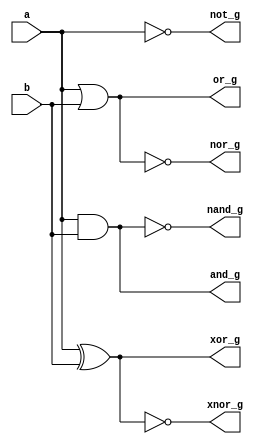
// This program was cloned from: https://github.com/Suni123456789/100DaysRTL
// License: Apache License 2.0

`timescale 1ns / 1ps

module logic_gates(
    input a, b,
    output reg and_g,
    output reg or_g,
    output reg not_g,
    output reg nand_g,
    output reg nor_g,
    output reg xor_g,
    output reg xnor_g
    );
    always@(*)
        begin
            and_g = a&b;
            or_g = a|b;
            not_g = ~a;
            nand_g = ~(a&b);
            nor_g = ~(a|b);
            xor_g = a^b;
            xnor_g = ~(a^b);
        end
    
endmodule